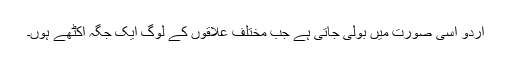
اردو اُسی صورت میں بولی جاتی ہے جب مختلف علاقوں کے لوگ ایک جگہ اکٹھے ہوں۔